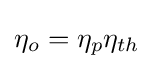
\eta _{o}=\eta _{p}\eta _{th}